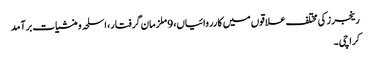
رینجرز کی مختلف علاقوں میں کارروائیاں، 9 ملزمان گرفتار، اسلحہ و منشیات برآمد
کراچی ۔